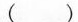
( )